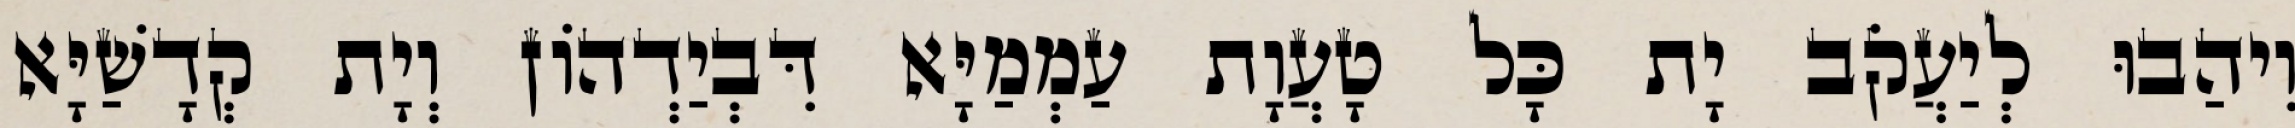
וִיהַבוּ לְיַעֲקֹב יָת כָּל טָעֲוָת עַמְמַיָּא דִּבְיַדְהוֹן וְיָת קְדָשַׁיָּא